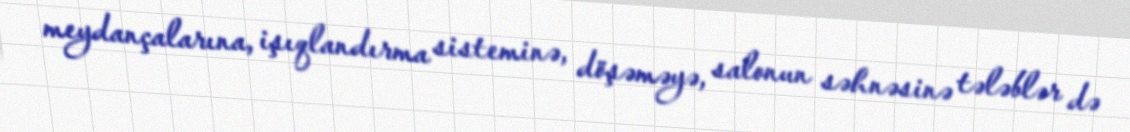
meydançalarına, işıqlandırma sisteminə, döşəməyə, salonun səhnəsinə tələblər də